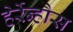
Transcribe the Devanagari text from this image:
हेर्रेन्हौस